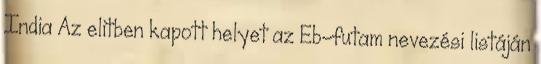
India Az elitben kapott helyet az Eb-futam nevezési listáján